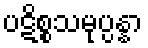
ပဋိစ္စသမုပ္ပန္နာ